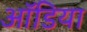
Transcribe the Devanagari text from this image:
ऑडिया